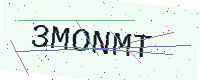
Text: 3MONMT